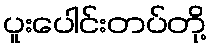
ပူးပေါင်းတပ်တို့